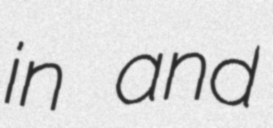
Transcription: in and